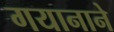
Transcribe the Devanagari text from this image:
गयानाने